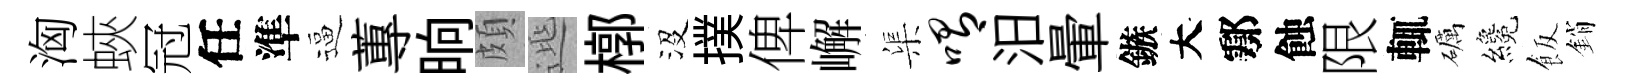
洶蛺冠任準逼蓴晌頗𨓱槨沒撲俾嶰渠喟汨暈鏃大鄠蝕限輒礪纔飯銷